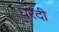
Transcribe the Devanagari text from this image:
घरदी